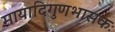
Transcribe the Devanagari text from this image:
मायादिगुणभासकः